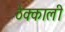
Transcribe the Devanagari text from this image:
ठेक्काली